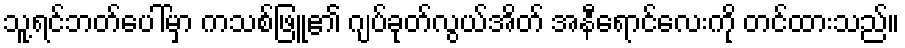
သူ့ရင်ဘတ်ပေါ်မှာ ကသစ်ဖြူ၏ ဂျပ်ခုတ်လွယ်အိတ် အနီရောင်လေးကို တင်ထားသည်။